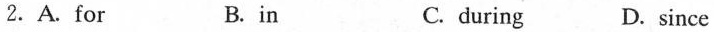
2.A.For B. in C. during D. since